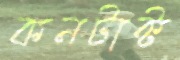
কনটাক্ট